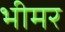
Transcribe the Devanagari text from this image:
भीमर